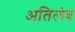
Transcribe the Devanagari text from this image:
अतिलंब